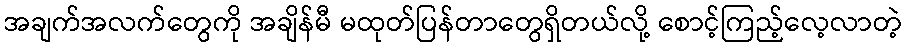
အချက်အလက်တွေကို အချိန်မီ မထုတ်ပြန်တာတွေရှိတယ်လို့ စောင့်ကြည့်လေ့လာတဲ့